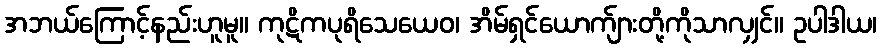
အဘယ်ကြောင့်နည်းဟူမူ။ ကုဋိကပုရိသေယေဝ၊ အိမ်ရှင်ယောက်ျားတို့ကိုသာလျှင်။ ဥပါဒါယ၊